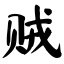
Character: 贼